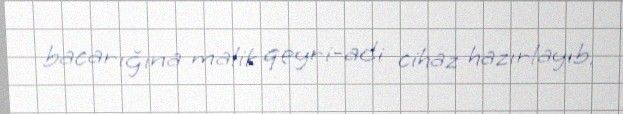
bacarığına malik qeyri-adi cihaz hazırlayıb.